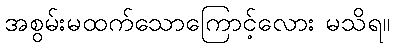
အစွမ်းမထက်သောကြောင့်လေား မသိရ။